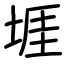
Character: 堐